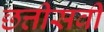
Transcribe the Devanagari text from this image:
छत्तीसवीं